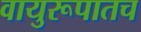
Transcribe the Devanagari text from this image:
वायुरूपातच